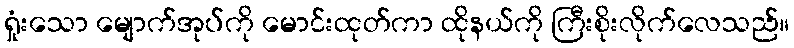
ရှုံးသော မျောက်အုပ်ကို မောင်းထုတ်ကာ ထိုနယ်ကို ကြီးစိုးလိုက်လေသည်။